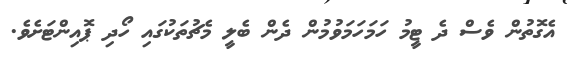
އެގޮތުން ވެސް ދެ ޓީމު ހަމަހަމަވުމުން ދެން ބެލީ މެޗުތަކުގައި ހޯދި ޕޮއިންޓަށެވެ.